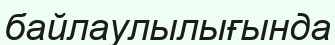
байлаулылығында